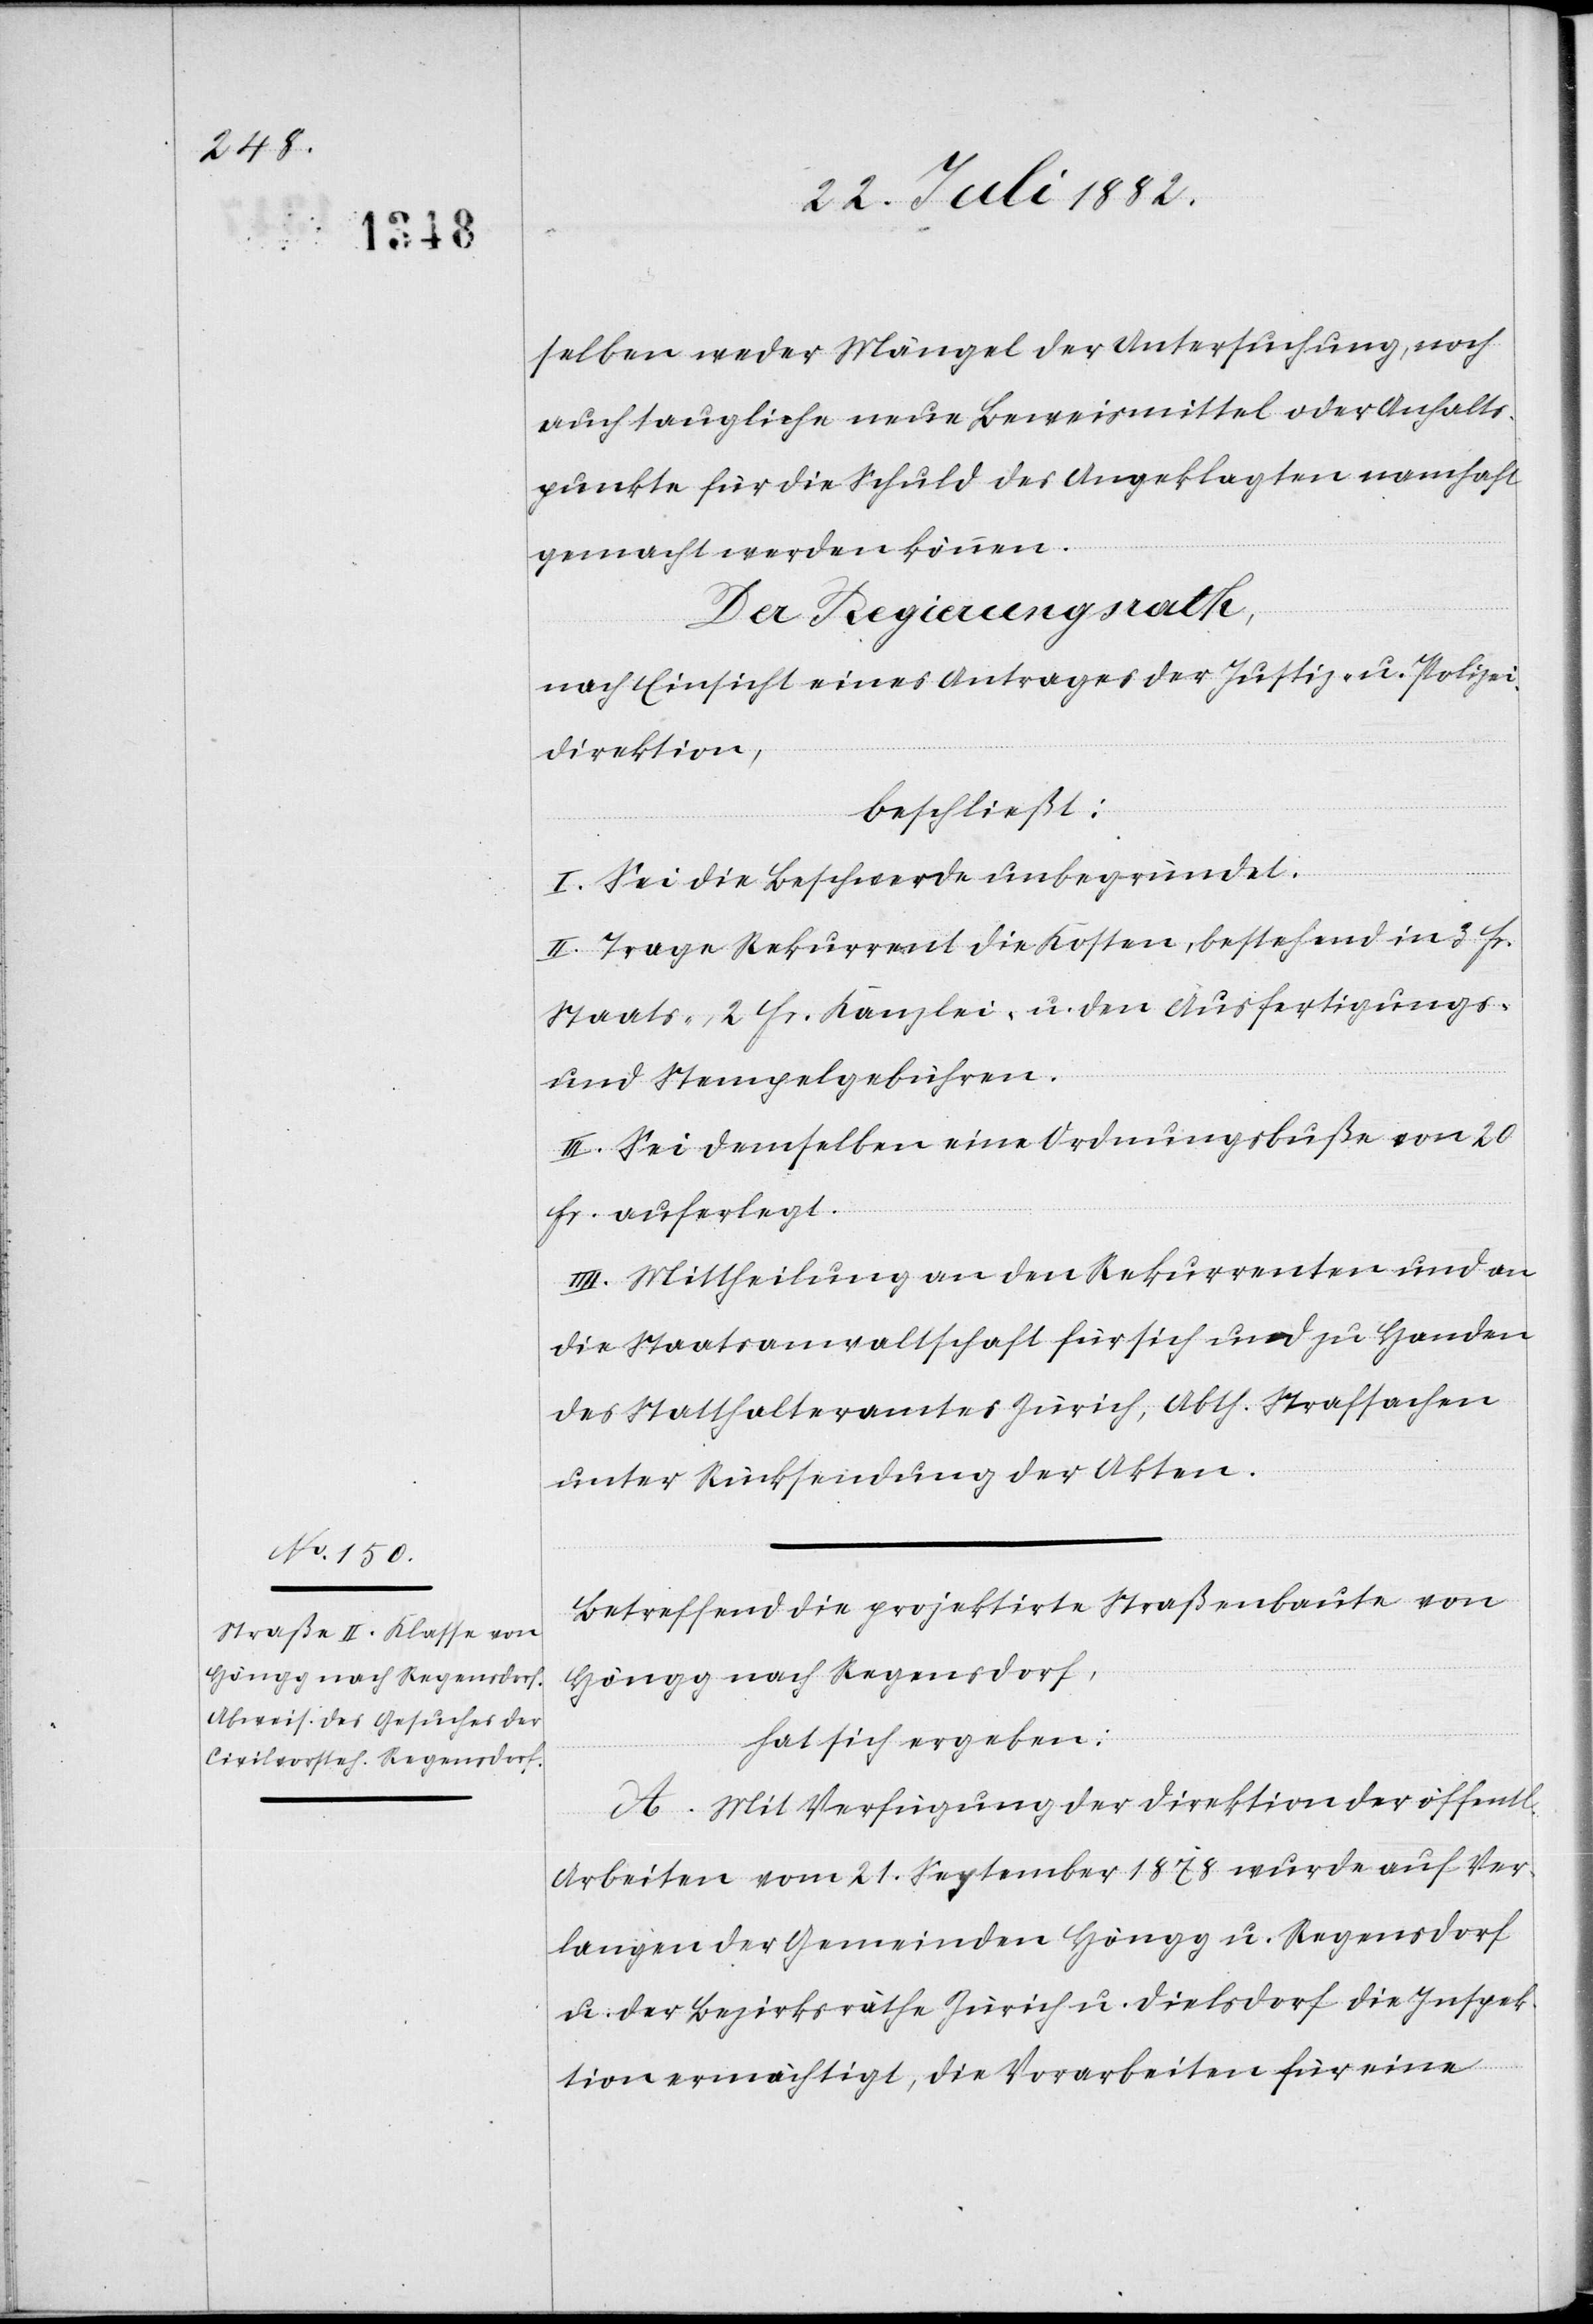
selben weder Mängel der Untersuchung, noch
auch taugliche neue Beweismittel oder Anhalts¬
punkte für die Schuld des Angeklagten namhaft
gemacht werden können.
Der Regierungsrath,
nach Einsicht eines Antrages der Justiz- & Polizei¬
direktion,
beschließt:
I. Sei die Beschwerde unbegründet.
II. Trage Rekurrent die Kosten, bestehend in 3 Fr.
Staats-, 2 Fr. Kanzlei- u. den Ausfertigungs-
und Stempelgebühren.
III. Sei demselben eine Ordnungsbuße von 20
Fr. auferlegt.
III. Mittheilung an den Rekurrenten und an
die Staatsanwaltschaft für sich und zu Handen
des Statthalteramtes Zürich, Abth. Strafsachen
unter Rücksendung der Akten.
Betreffend die projektirte Straßenbaute von
Höngg nach Regensdorf,
hat sich ergeben:
A. Mit Verfügung der Direktion der öffentl.
Arbeiten vom 21. September 1878 wurde auf Ver¬
langen der Gemeinden Höngg u. Regensdorf
u. der Bezirksräthe Zürich u. Dielsdorf die Inspek¬
tion ermächtigt, die Vorarbeiten für eine